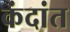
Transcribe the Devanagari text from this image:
कंदांत